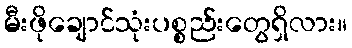
မီးဖိုချောင်သုံးပစ္စည်းတွေရှိလား။